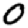
Digit: 0